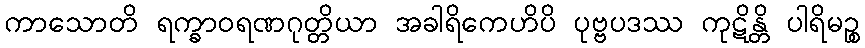
ကာသောတိ ရက္ခာဝရဏဂုတ္တိယာ အခါရိကေဟိပိ ပုဗ္ဗပဒဿ ကုဋိန္တိ ပါရိမဉ္စ